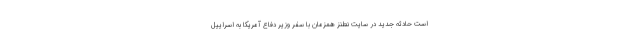
است حادثه جدید در سایت نطنز همزمان با سفر وزیر دفاع آمریکا به اسراییل